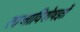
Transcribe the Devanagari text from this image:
त्वचाविशेषज्ञों